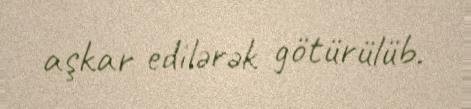
aşkar edilərək götürülüb.